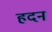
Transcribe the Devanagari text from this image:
हदन